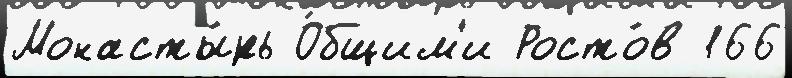
Монасты́рь О́бщим'и Росто́в 166